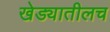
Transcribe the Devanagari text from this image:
खेड्यातीलच